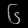
Digit: ၆